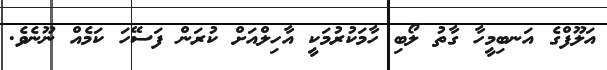
އަލޫފްގެ އަނބިމީހާ ގާތު ލޯބި ހާމަކުރުމަކީ އާހިލްއަށް ކުރަން ފަސޭހަ ކަމެއް ނޫނެވެ.